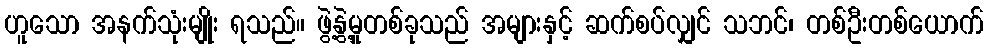
ဟူသော အနက်သုံးမျိုး ရသည်။ ဖွဲ့နွဲ့မှုတစ်ခုသည် အများနှင့် ဆက်စပ်လျှင် သဘင်၊ တစ်ဦးတစ်ယောက်